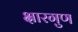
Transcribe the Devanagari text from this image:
क्षारगुण